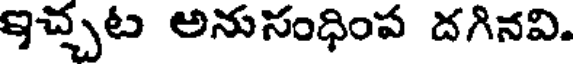
ఇచ్చట అనుసంధింప దగినవి.